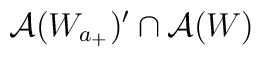
\mathcal{A}(W_{a_{+}})^{\prime}\cap\mathcal{A}(W)